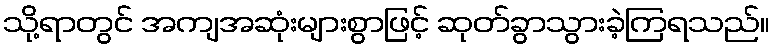
သို့ရာတွင် အကျအဆုံးများစွာဖြင့် ဆုတ်ခွာသွားခဲ့ကြရသည်။